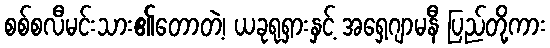
စစ်စလီမင်းသား၏တောတဲ့၊ ယခုရုရှားနှင့် အရှေ့ဂျာမနီ ပြည်တို့ကား